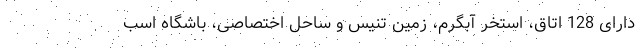
دارای 128 اتاق، استخر آبگرم، زمین تنیس و ساحل اختصاصی، باشگاه اسب